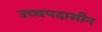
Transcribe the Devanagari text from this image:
उच्चपदासीन